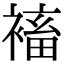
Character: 䙒